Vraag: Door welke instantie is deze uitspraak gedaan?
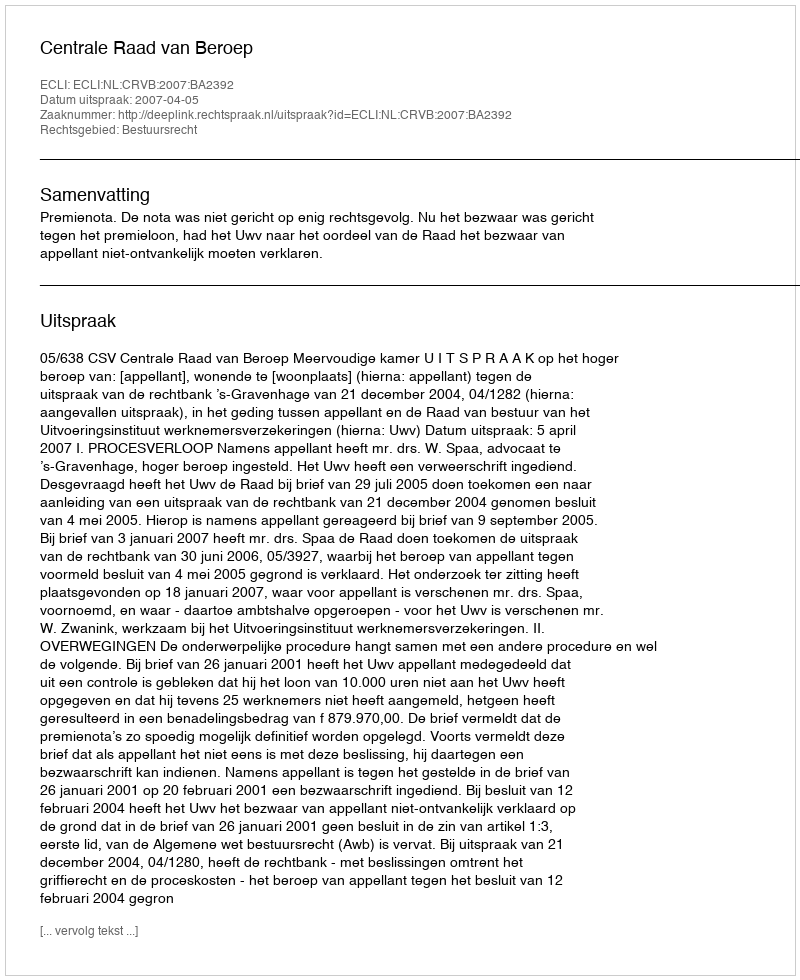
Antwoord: Centrale Raad van Beroep